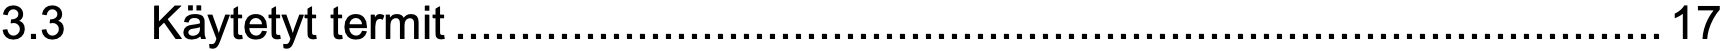
3.3  Käytetyt termit.............................................................................................17